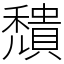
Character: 穨